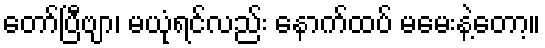
တော်ပြီဗျာ၊ မယုံရင်လည်း နောက်ထပ် မမေးနဲ့တော့။